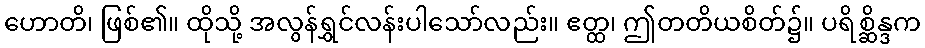
ဟောတိ၊ ဖြစ်၏။ ထိုသို့ အလွန်ရွှင်လန်းပါသော်လည်း။ ဧတ္ထ၊ ဤတတိယစိတ်၌။ ပရိစ္ဆိန္ဒက